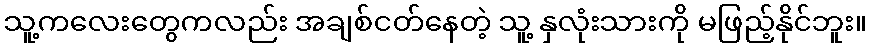
သူ့ကလေးတွေကလည်း အချစ်ငတ်နေတဲ့ သူ့ နှလုံးသားကို မဖြည့်နိုင်ဘူး။